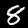
Label: 8